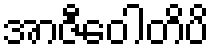
အာဇီဝေါတိပိ